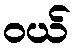
ဝယ်